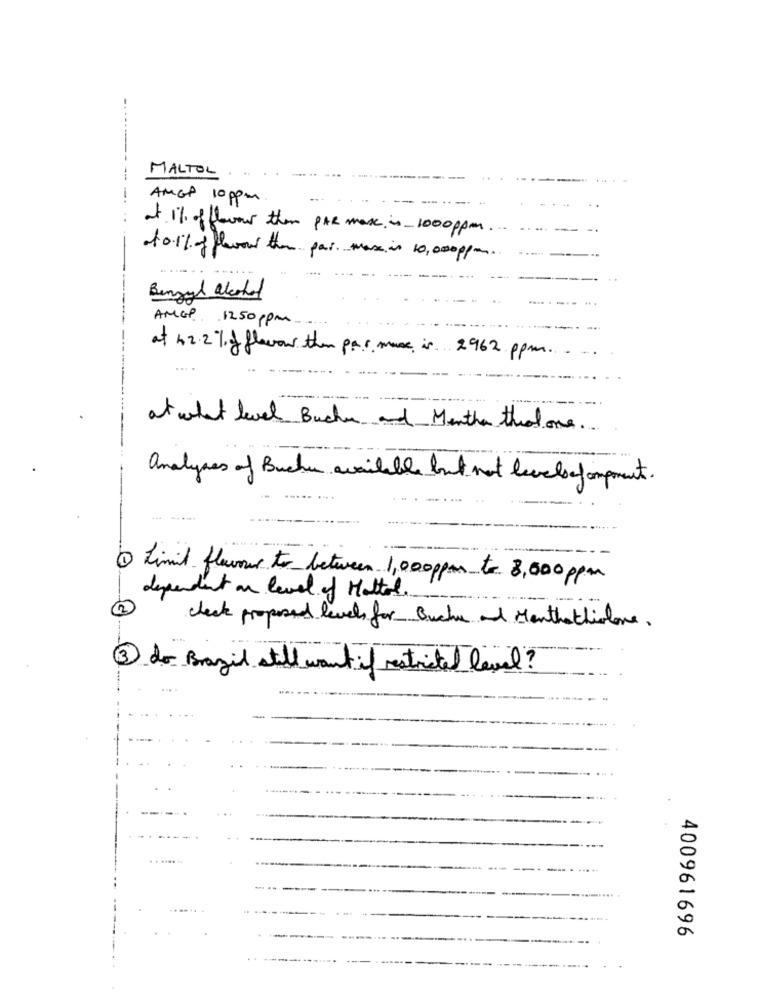
MALTOL
---------.
AMGP 10 ppm
at 1% ofthewow them PAR max is - 1000ppm ...
10.1% of flavour then pai. max in 10,000ppm.
Benzyl alcohol
AMGP. 1250 ppm
at 42.2% of flavor them par muse is 2962 ppm.
at what level Buchen and Menthan that one ..
analyses of Buchen available but not levelsof ompment.
6 Limit fleurnur to between 1,000ppm to 3,000 ppm
dependent on level of Moltol.
check proposed levels for Buche and Manthathislove,
3 do Brazil still want if restricted level ?
-
.. .....
400961696